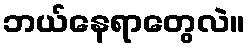
ဘယ်နေရာတွေလဲ။